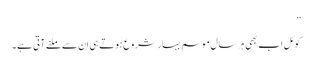
”
کوئل اب بھی ہر سال موسم بہار شروع ہوتے ہی ان سے ملنے آتی ہے۔